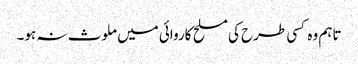
تاہم وہ کسی طرح کی مسلح کاروائی میں ملوث نہ ہو۔